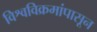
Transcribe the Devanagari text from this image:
विश्वविक्रमांपासून